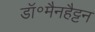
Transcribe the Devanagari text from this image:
डॉ॰मैनहैट्टन